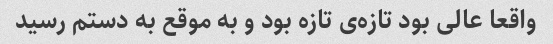
واقعا عالی بود تازه‌ی تازه بود و به موقع به دستم رسید